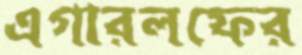
এগারলফের